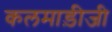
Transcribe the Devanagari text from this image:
कलमाड़ीजी